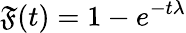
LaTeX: \mathfrak{F}(t)=1-e^{{-t}{\lambda}}